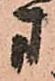
方